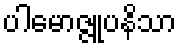
ပါမောဇ္ဇူပနိသာ